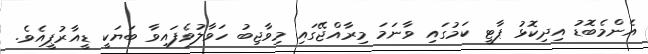
އެންމެބޮޑު އިދިކޮޅު ޕާޓީ ކަމުގައި ވާނަމަ މިރާއްޖޭގައި މިވާޖިބު ހަވާލުވެފައިވާ ބަޔަކީ ޑީއާރުޕީއެވެ.